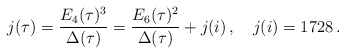
\begin{align*}j(\tau)=\frac{E_4(\tau)^3}{\Delta(\tau)}= \frac{E_6(\tau)^2}{\Delta(\tau)}+j(i)\,, \quad j(i)=1728\, .\end{align*}